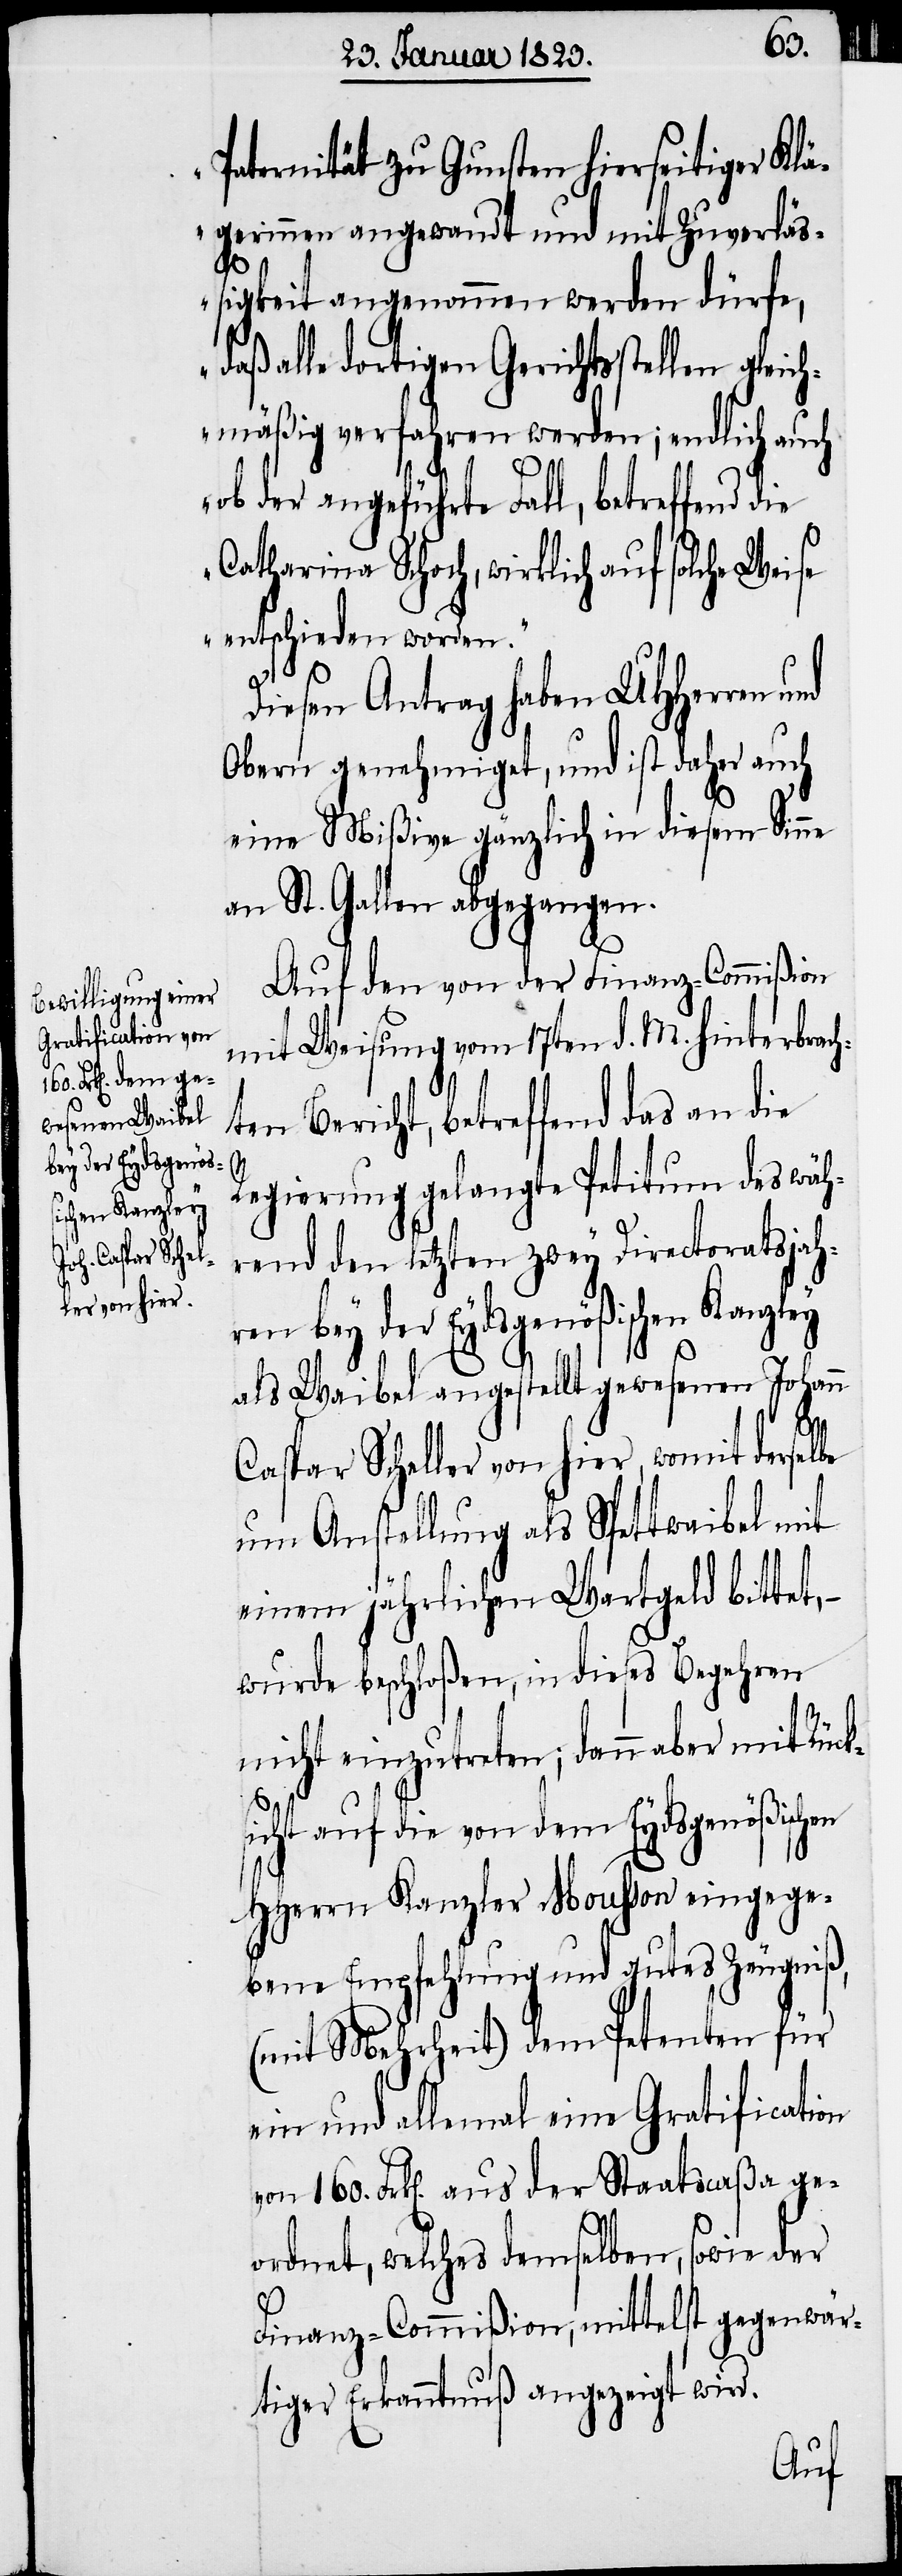
Paternität zu Gunsten hierseitiger Klä¬
gerinnen angewandt und mit Zuverläß¬
igkeit angenommen werden dürfe,
daß alle dortigen Gerichtsstellen gleic¬
hmäßig verfahren werden; endlich auch
ob der angeführte Fall, betreffend die
Catharina Schoch, wirklich auf solche Weise
entschieden worden.“
Diesen Antrag haben UHHerren
Obern genehmiget, und ist daher auch
eine Mißive gänzlich in diesem Sinne
an St. Gallen abgegangen.
Auf den von der Finanz-Commißion
mit Weisung vom 17ten d. M. hinterbrach¬
ten Bericht, betreffend das an die
en
Regierung gelangte Petitum des wäh¬
rend den letzten zwey Directoratsjah¬
ren bey der Eydsgenößischen Kanzley
als Waibel angestellt gewesenen Johann
Caspar Scheller von hier, womit dersel¬
um Anstellung als Spettwaibel mit
einem jährlichen Wartgeld bittet,
wurde beschloßen, in dieses Begehren
nicht einzutreten; dann aber mit Rüc¬
icht auf die von dem Eydsgenößisch¬
HHerrn Kanzler Mousson eingege¬
bene Empfehlung und gutes Zeugniß,
(mit Mehrheit) dem Petenten für
ein und allemal eine Gratification
von 160. Frk[en]. aus der Staatscaßa ge¬
ordnet, welches demselben, sowie der
Finanz-Commißion, mittelst gegenwär¬
tiger Erkanntnuß angezeigt wird.